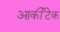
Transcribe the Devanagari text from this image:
आर्कीटेक